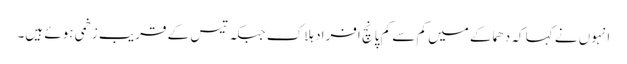
انہوں نے کہا کہ دھماکے میں کم سے کم پانچ افراد ہلاک جبکہ تیس کے قریب زخمی ہوئے ہیں۔